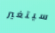
سيتغير